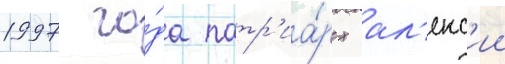
1997 го́да патр'иа́рх ал'екс'ии